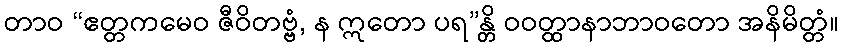
တာဝ “ဧတ္တကမေဝ ဇီဝိတဗ္ဗံ, န ဣတော ပရ”န္တိ ဝဝတ္ထာနာဘာဝတော အနိမိတ္တံ။